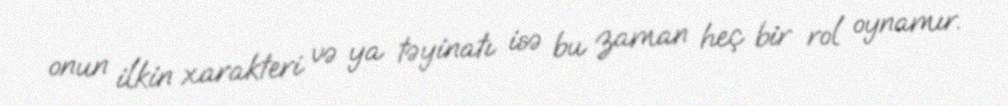
onun ilkin xarakteri və ya təyinatı isə bu zaman heç bir rol oynamır.